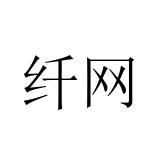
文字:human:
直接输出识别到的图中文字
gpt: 纤网